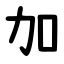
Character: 加